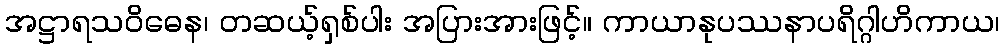
အဋ္ဌာရသဝိဓေန၊ တဆယ့်ရှစ်ပါး အပြားအားဖြင့်။ ကာယာနုပဿနာပရိဂ္ဂါဟိကာယ၊